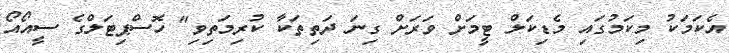
އެކަމަކު މިކަމުގައި މެޑިކަލް ޓީމަށް ވަރަށް ގިނަ ދަތިތަކާ ކުރިމަތިވި" ހޮސްޕިޓަލްގެ ސީއޯއޯ